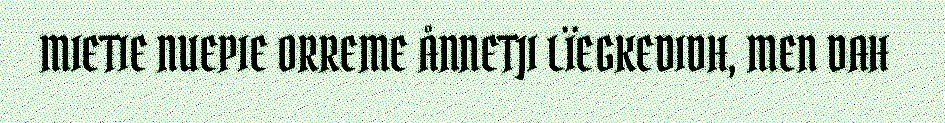
MIETIE NUEPIE ORREME ÅNNETJI LÏEGKEDIDH, MEN DAH